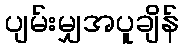
ပျမ်းမျှအပူချိန်